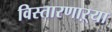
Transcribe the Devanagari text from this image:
विस्तारणाऱ्या